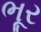
ભૂર